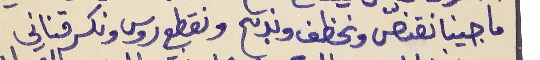
ما جينا نقنّص ونخطف وندبح     ونقطع روس ونكسر قناني